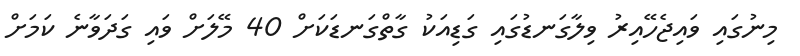
މިނުގައި ވައިޖެހޭއިރު ވިލާގަނޑުގައި ގަޑިއަކު ގާތްގަނޑަކަށް 40 މޭލަށް ވައި ގަދަވާނެ ކަމަށް